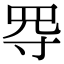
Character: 㝶